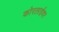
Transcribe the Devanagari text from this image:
कोरलाईवर